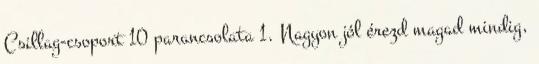
Csillag-csoport 10 parancsolata 1. Nagyon jól érezd magad mindig,